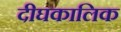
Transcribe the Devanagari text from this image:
दीघकालिक